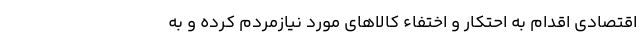
اقتصادی اقدام به احتکار و اختفاء کالا‌های مورد نیازمردم کرده و به